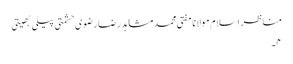
مناظر اسلام مولانا مفتی محمد مشاہد رضا رضوی حشمتی پیلی بھیتی
۴۔